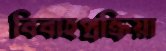
বিবাহপ্রক্রিয়া